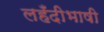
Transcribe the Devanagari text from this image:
लहँदीभाषी